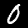
Digit: 0